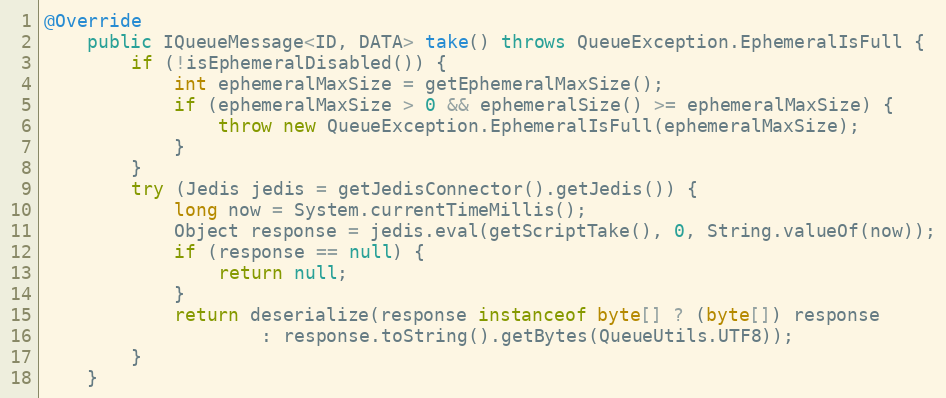
Language: Java
@Override
    public IQueueMessage<ID, DATA> take() throws QueueException.EphemeralIsFull {
        if (!isEphemeralDisabled()) {
            int ephemeralMaxSize = getEphemeralMaxSize();
            if (ephemeralMaxSize > 0 && ephemeralSize() >= ephemeralMaxSize) {
                throw new QueueException.EphemeralIsFull(ephemeralMaxSize);
            }
        }
        try (Jedis jedis = getJedisConnector().getJedis()) {
            long now = System.currentTimeMillis();
            Object response = jedis.eval(getScriptTake(), 0, String.valueOf(now));
            if (response == null) {
                return null;
            }
            return deserialize(response instanceof byte[] ? (byte[]) response
                    : response.toString().getBytes(QueueUtils.UTF8));
        }
    }